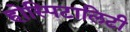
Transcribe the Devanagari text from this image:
होस्पिटालिटी